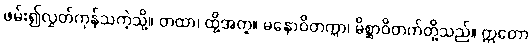
ဖမ်း၍လွှတ်ကုန်သကဲ့သို့။ တထာ၊ ထို့အတူ။ မနောဝိတက္ကာ၊ မိစ္ဆာဝိတက်တို့သည်။ ဣတော